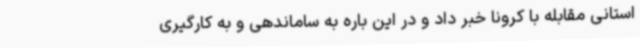
استانی مقابله با کرونا خبر داد و در این باره به ساماندهی و به کارگیری